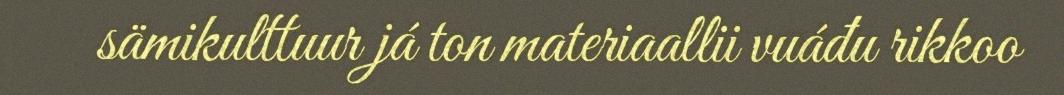
sämikulttuur já ton materiaallii vuáđu rikkoo